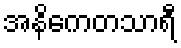
အနိကေတသာရီ